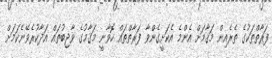
ފަރާތްތަކުގެ ތެރެއިން މަޤާމަށް އެންމެ އެކަށީގެންވާ ފަރާތްތައް ހޮވާނީ މަޤާމުގެ ވާޖިބުތައް އަދާކުރެވޭނެކަމަށް